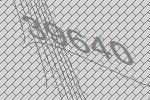
39640